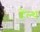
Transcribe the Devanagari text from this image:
हेंल्थ